Annual report of the Punjab Veterinary College and of the Civil Veterinary Department, Punjab - 1926-1932
Year: 1926
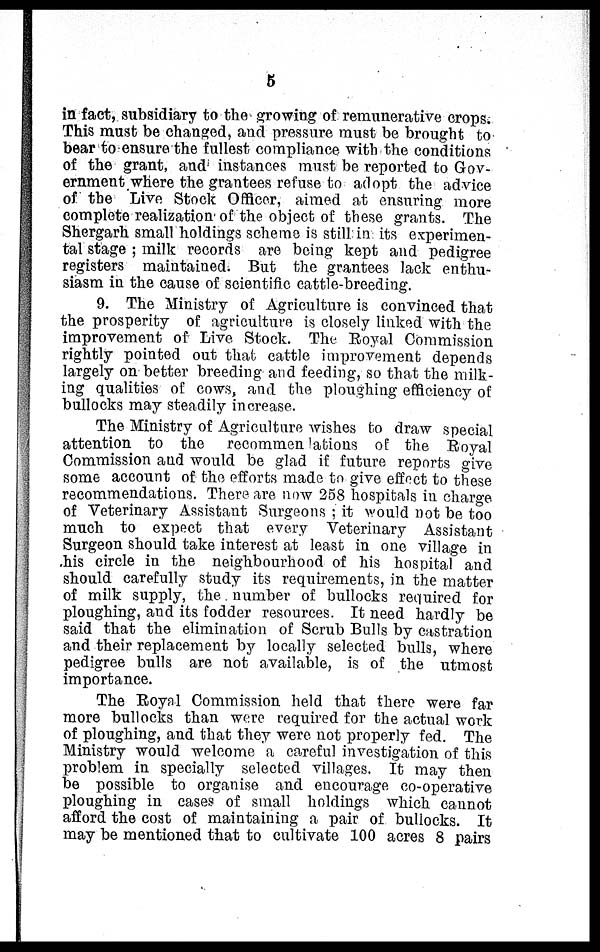
5
in fact, subsidiary to the growing of remunerative crops.
This must be changed, and pressure must be brought to
bear to ensure the fullest compliance with the conditions
of the grant, and instances must be reported to Gov-
ernment where the grantees refuse to adopt the advice
of the Live Stock Officer, aimed at ensuring more
complete realization of the object of these grants. The
Shergarh small holdings scheme is still in its experimen-
tal stage; milk records are being kept and pedigree
registers maintained. But the grantees lack enthu-
siasm in the cause of scientific cattle-breeding.
9. The Ministry of Agriculture is convinced that
the prosperity of agriculture is closely linked with the
improvement of Live Stock. The Royal Commission
rightly pointed out that cattle improvement depends
largely on better breeding and feeding, so that the milk-
ing qualities of cows, and the ploughing efficiency of
bullocks may steadily increase.
The Ministry of Agriculture wishes to draw special
attention to the recommen lations of the Royal
Commission and would be glad if future reports give
some account of the efforts made to give effect to these
recommendations. There are now 258 hospitals in charge
of Veterinary Assistant Surgeons; it would not be too
much to expect that every Veterinary Assistant
Surgeon should take interest at least in one village in
his circle in the neighbourhood of his hospital and
should carefully study its requirements, in the matter
of milk supply, the number of bullocks required for
ploughing, and its fodder resources. It need hardly be
said that the elimination of Scrub Bulls by castration
and their replacement by locally selected bulls, where
pedigree bulls are not available, is of the utmost
importance.
The Royal Commission held that there were far
more bullocks than were required for the actual work
of ploughing, and that they were not properly fed. The
Ministry would welcome a careful investigation of this
problem in specially selected villages. It may then
be possible to organise and encourage co-operative
ploughing in cases of small holdings which cannot
afford the cost of maintaining a pair of bullocks. It
may be mentioned that to cultivate 100 acres 8 pairs